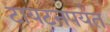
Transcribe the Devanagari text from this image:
टायटनपर्यंत